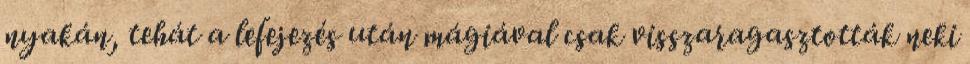
nyakán, tehát a lefejezés után mágiával csak visszaragasztották neki